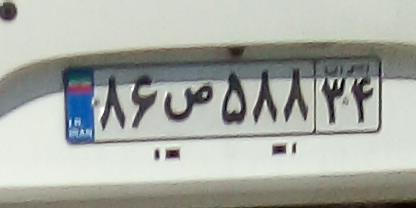
۸۶ص۵۸۸۳۴